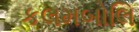
કલમબોલિ